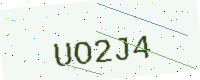
Text: UO2J4